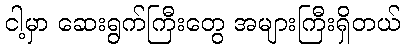
ငါ့မှာ ဆေးရွက်ကြီးတွေ အများကြီးရှိတယ်